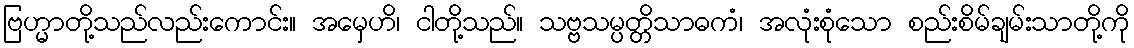
ဗြဟ္မာတို့သည်လည်းကောင်း။ အမှေဟိ၊ ငါတို့သည်။ သဗ္ဗသမ္ပတ္တိသာဓကံ၊ အလုံးစုံသော စည်းစိမ်ချမ်းသာတို့ကို